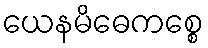
ယေနမိဓေကစ္စေ